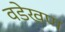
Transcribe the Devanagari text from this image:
वडेखण